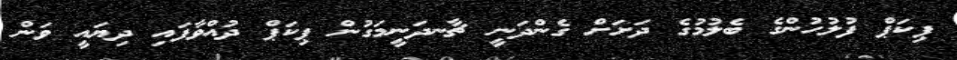
ޕިކަޕް ފުލުހުންގެ ބެލުމުގެ ދަށަށް ގެންދަނީ ޗާނދަނީމަގުން ޕިކަޕް ދުއްވާފައި ދިޔައީ ވަން